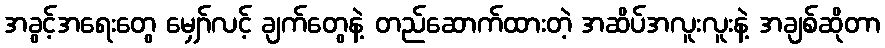
အခွင့်အရေးတွေ မျှော်လင့် ချက်တွေနဲ့ တည်ဆောက်ထားတဲ့ အဆိပ်အလူးလူးနဲ့ အချစ်ဆိုတာ